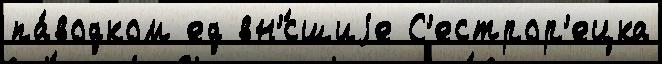
па́водком ед вн'́сшиjе С'естрор'ецка